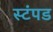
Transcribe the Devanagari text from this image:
स्टंपड